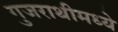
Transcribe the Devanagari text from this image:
गुजराथीमध्ये